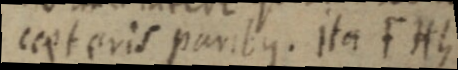
ceet eris paribus. Ita FHG